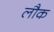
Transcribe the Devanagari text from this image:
लौक